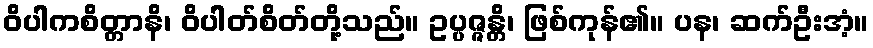
ဝိပါကစိတ္တာနိ၊ ဝိပါတ်စိတ်တို့သည်။ ဥပ္ပဇ္ဇန္တိ၊ ဖြစ်ကုန်၏။ ပန၊ ဆက်ဦးအံ့။